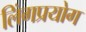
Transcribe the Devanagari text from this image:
लिंगप्रयोग